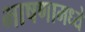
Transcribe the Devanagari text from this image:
भाषणामध्ये